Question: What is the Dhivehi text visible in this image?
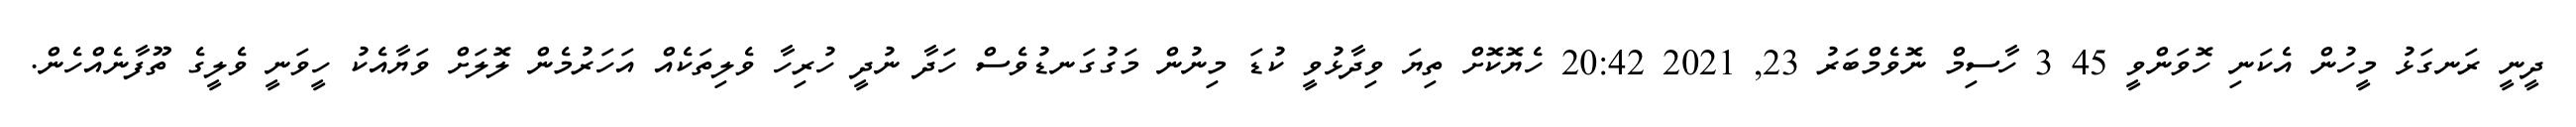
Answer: ދީނީ ރަނގަޅު މީހުން އެކަނި ހޮވަންވީ 45 3 ހާސިމް ނޮވެމްބަރު 23, 2021 20:42 ހެޔޮކޮށް ތިޔަ ވިދާޅުވީ ކުޑަ މިނުން މަގުގަނޑުވެސް ހަދާ ނުދީ ހުރިހާ ވެލިތަކެއް އަހަރުމެން ލޮލަށް ވަޔާއެކު ހީވަނީ ވެލީގެ ތޫފާނެއްހެން.